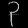
Digit: ၃